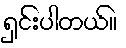
ရှင်းပါတယ်။